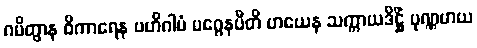
ဂမိတွာန ဝိကာရေန ဗဟိဂါမံ မဂ္ဂေနပီတိ ဟယေန သက္ကာယဒိဋ္ဌိံ ပုဏ္ဏမာယ